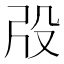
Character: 𣪃